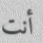
أنت